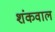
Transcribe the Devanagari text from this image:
शंकवाल